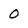
Character: O